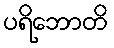
ပရိဘောတိ